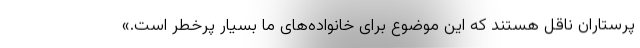
پرستاران ناقل هستند که این موضوع برای خانواده‌های ما بسیار پرخطر است.»